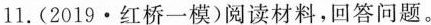
11.(2019·红桥一模)阅读材料，回答问题。